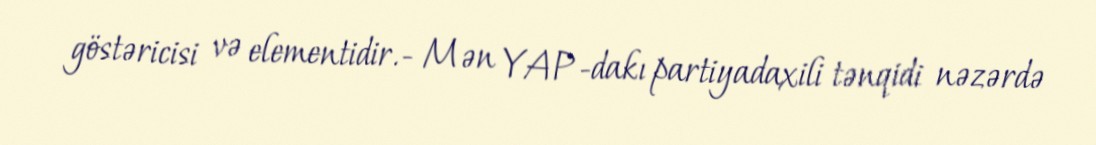
göstəricisi və elementidir.- Mən YAP-dakı partiyadaxili tənqidi nəzərdə